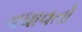
વધાવતો